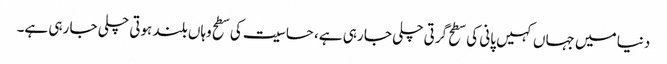
دنیا میں جہاں کہیں پانی کی سطح گرتی چلی جا رہی ہے، حساسیت کی سطح وہاں بلند ہوتی چلی جا رہی ہے۔